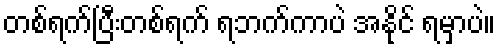
တစ်ရက်ပြီးတစ်ရက် ရဘက်ကာပဲ အနိုင် ရမှာပဲ။